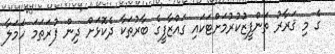
ގެ މި ޤަރާރު ތަންފީޒުކުރުމަށްޓަކައި ގައްޒާފީގެ ބާރުތަކާ ދެކޮޅަށް ދިން ފުރަތަމަ ހަމަލާ